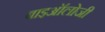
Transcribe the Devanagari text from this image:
बाइऑलोजी